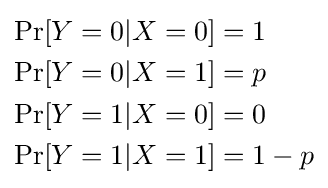
{\begin{aligned}\operatorname {Pr} [Y=0|X=0]&=1\\\operatorname {Pr} [Y=0|X=1]&=p\\\operatorname {Pr} [Y=1|X=0]&=0\\\operatorname {Pr} [Y=1|X=1]&=1-p\end{aligned}}